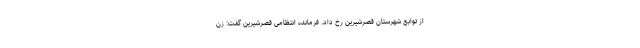
از توابع شهرستان قصرشیرین رخ داد. فرمانده انتظامی قصرشیرین گفت: زن